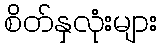
စိတ်နှလုံးများ